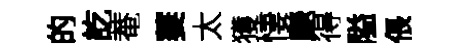
的訖菴萋太獲悽颷得隘倀